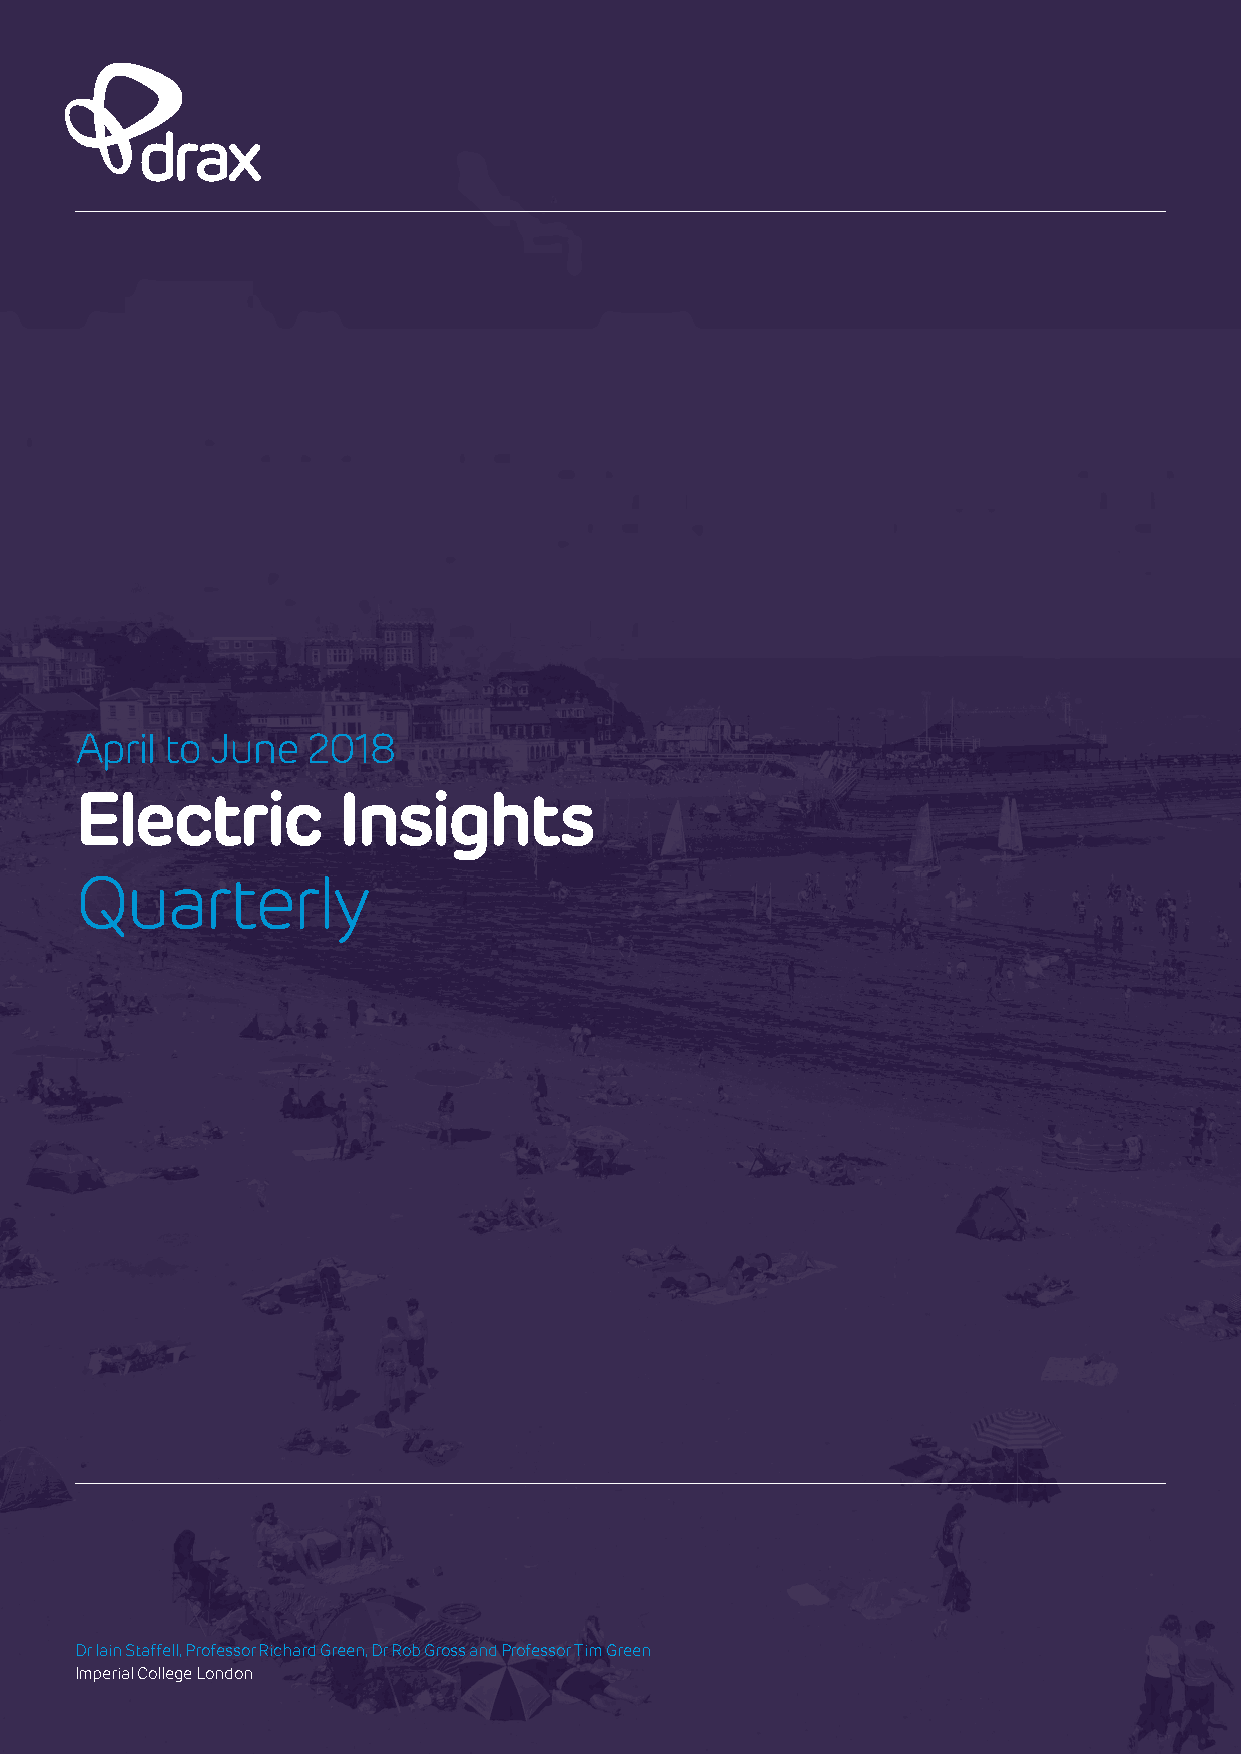
April to June  2018
 Electric         Insights
 Quarterly
 Dr Iain Staffell, Professor Richard Green, Dr Rob Gross and Professor Tim Green
 Imperial College London